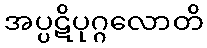
အပ္ပဋိပုဂ္ဂလောတိ